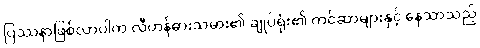
ပြဿနာဖြစ်လာပါက လီဟန်ဓားသမား၏ ချုပ်ရုံး၏ ကင်ဆာများနှင့် နေသာသည့်